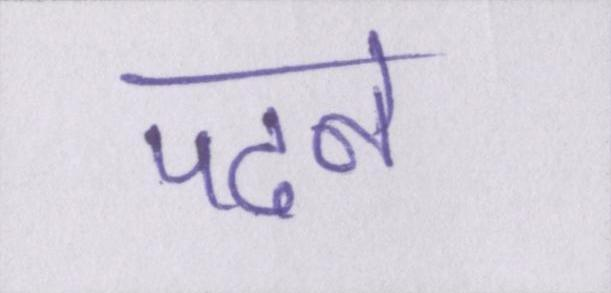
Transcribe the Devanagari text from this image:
पढने